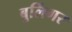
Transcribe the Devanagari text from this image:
बुर्लिगर